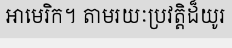
អាមេរិក។ តាមរយៈប្រវត្តិដ៏យូរ